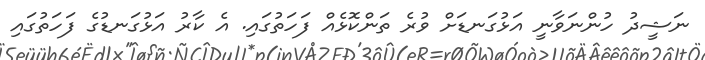
ނަޝީދު ހުންނަވާނީ އަޅުގަނޑަށް ވުރެ ތަންކޮޅެއް ފަހަތުގައި. އެ ކާރު އަޅުގަނޑުގެ ފަހަތުގައި